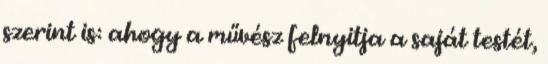
szerint is: ahogy a művész felnyitja a saját testét,